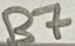
Text: B7